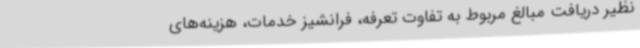
نظیر دریافت مبالغ مربوط به تفاوت تعرفه، فرانشیز خدمات، هزینه‌های